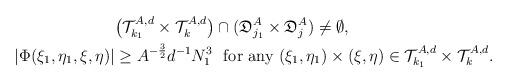
LaTeX: \begin{align*}& \bigl( \mathcal{T}_{k_1}^{A,d} \times \mathcal{T}_{k}^{A,d} \bigr)\cap ( \mathfrak{D}_{j_1}^A \times \mathfrak{D}_{j}^A )\not= \emptyset,\\|\Phi(\xi_1, \eta_1, \xi, \eta)| & \geq A^{-\frac{3}{2}} d^{-1} N_1^{3} \ \ \textnormal{for any} \ (\xi_1, \eta_1)\times (\xi,\eta) \in\mathcal{T}_{k_1}^{A,d} \times \mathcal{T}_{k}^{A,d}.\end{align*}